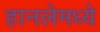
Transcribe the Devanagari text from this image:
हानलेमध्ये